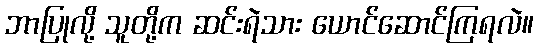
ဘာပြုလို့ သူတို့က ဆင်းရဲသား ယောင်ဆောင်ကြရလဲ။